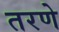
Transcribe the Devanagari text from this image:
तरणे